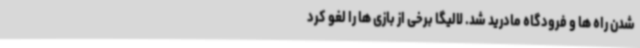
شدن راه ها و فرودگاه مادرید شد. لالیگا برخی از بازی ها را لغو کرد